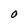
Character: O